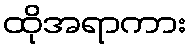
ထိုအရာကား